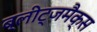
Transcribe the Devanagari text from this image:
ब्लीट्जमैक्स